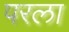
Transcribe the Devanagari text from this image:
परला